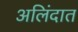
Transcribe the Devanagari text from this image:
अलिंदात